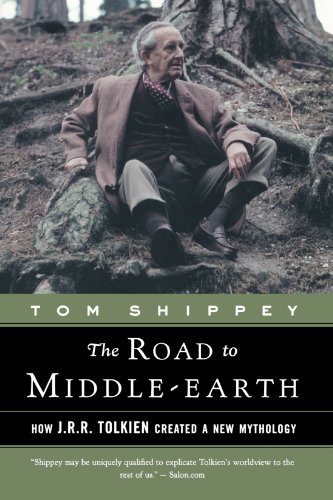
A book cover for The Road to Middle-Earth: How J.R.R. Tolkien Created a New Mythology; Tom Shippey; Science Fiction & Fantasy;